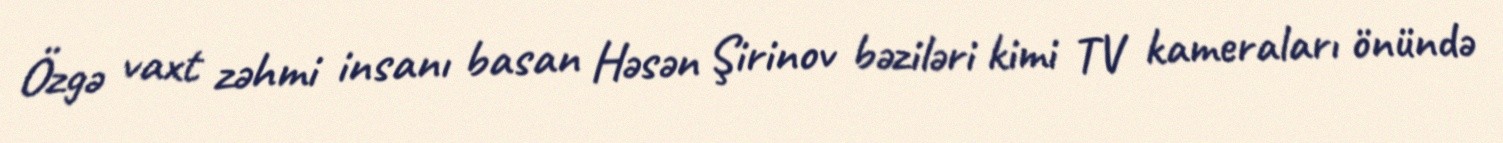
Özgə vaxt zəhmi insanı basan Həsən Şirinov bəziləri kimi TV kameraları önündə